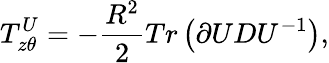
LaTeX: T_{z\theta}^{U}=-\frac{R^{2}}{2}Tr\left(\partial UDU^{-1}\right),